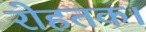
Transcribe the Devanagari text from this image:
रोहतक।